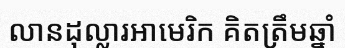
លានដុល្លារអាមេរិក គិតត្រឹមឆ្នាំ